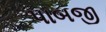
પાબજી